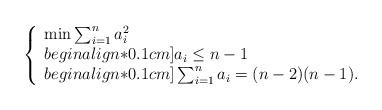
LaTeX: \begin{align*}\left\{\begin{array}{l}\min \sum_{i=1}^{n}a_{i}^{2}\\begin{align*}0.1cm]a_{i}\leq n-1\\begin{align*}0.1cm]\sum_{i=1}^{n}a_{i}=(n-2)(n-1).\end{array}\right.\end{align*}